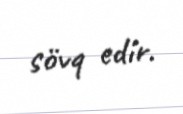
sövq edir.